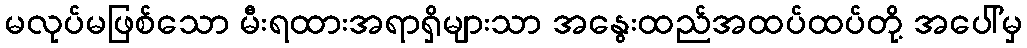
မလုပ်မဖြစ်သော မီးရထားအရာရှိများသာ အနွေးထည်အထပ်ထပ်တို့ အပေါ်မှ